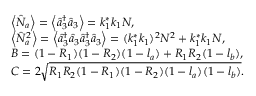
\begin{array} { r l r } & { \left\langle \hat { N } _ { a } \right\rangle = \left\langle \hat { a } _ { 3 } ^ { \dag } \hat { a } _ { 3 } \right\rangle = k _ { 1 } ^ { \ast } k _ { 1 } N , } & \\ & { \left\langle \hat { N } _ { a } ^ { 2 } \right\rangle = \left\langle \hat { a } _ { 3 } ^ { \dag } \hat { a } _ { 3 } \hat { a } _ { 3 } ^ { \dag } \hat { a } _ { 3 } \right\rangle = ( k _ { 1 } ^ { \ast } k _ { 1 } ) ^ { 2 } N ^ { 2 } + k _ { 1 } ^ { \ast } k _ { 1 } N , } & \\ & { B = ( 1 - R _ { 1 } ) ( 1 - R _ { 2 } ) ( 1 - l _ { a } ) + R _ { 1 } R _ { 2 } ( 1 - l _ { b } ) , } & \\ & { C = 2 \sqrt { R _ { 1 } R _ { 2 } ( 1 - R _ { 1 } ) ( 1 - R _ { 2 } ) ( 1 - l _ { a } ) ( 1 - l _ { b } ) } . } & \end{array}